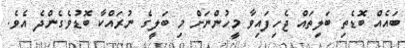
ބައެއް ބޮޑެތި ބަލިތައް ޖެހިފައިވާ މީހުންނަށް މި ބަލީގެ ނުރައްކާ ބޮޑުވެގެންދެ އެވެ.